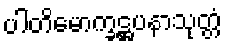
ပါတိမောက္ခဋ္ဌပနာသုတ္တံ